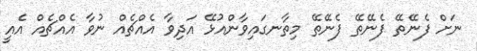
ނަށް ފެނޭތޭ ފެނޭތޭ ފެނޭތޭ މިތާނގައިވާންއުޅޭ އަދިވާ އެއްޗެއް ނުވާ އެއްޗެއް އެއީ